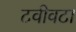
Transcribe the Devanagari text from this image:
टवीवटा